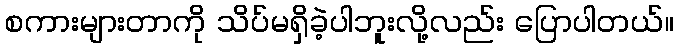
စကားများတာကို သိပ်မရှိခဲ့ပါဘူးလို့လည်း ပြောပါတယ်။